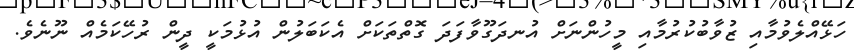
ހަޅޭއްލެވުމާއި ޒުވާބުކުރުމާއި މީހުންނަށް އުނދަގޫވާފަދަ ގޮތްތަކަށް އެކަބަލުން އުޅުމަކީ ދީން ރުހޭކަމެއް ނޫނެވެ.